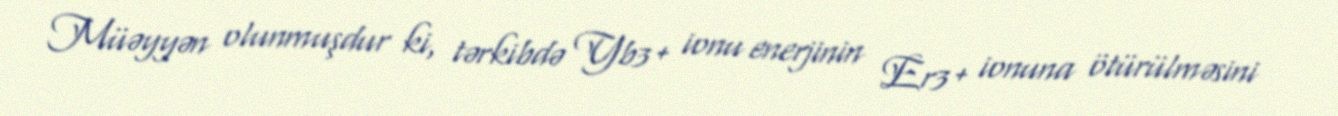
Müəyyən olunmuşdur ki, tərkibdə Yb3+ ionu enerjinin Er3+ ionuna ötürülməsini